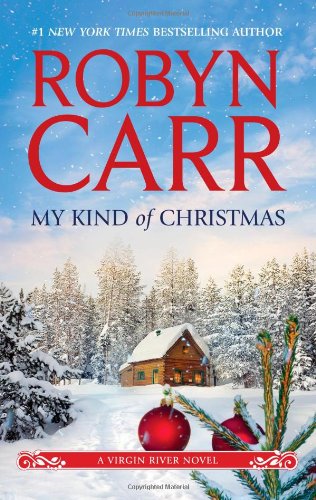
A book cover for My Kind of Christmas (A Virgin River Novel); Robyn Carr; Romance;